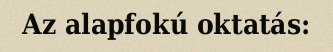
Az alapfokú oktatás: